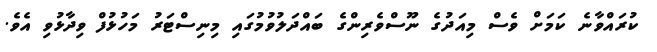
ކުރައްވާނެ ކަމަށް ވެސް މިއަދުގެ ނޫސްވެރިންގެ ބައްދަލުވުމުގައި މިނިސްޓަރު މަހުޅުފް ވިދާޅުވި އެވެ.